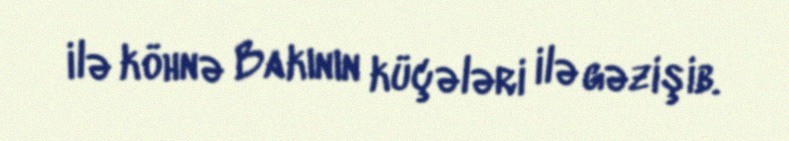
ilə köhnə Bakının küçələri ilə gəzişib.